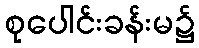
စုပေါင်းခန်းမ၌